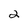
Character: 2